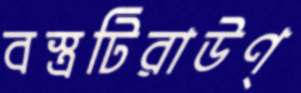
বস্ত্রটিরাউণ্